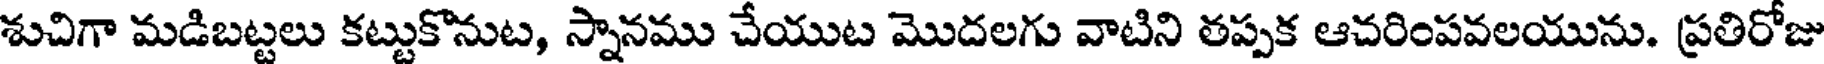
శుచిగా మడిబట్టలు కట్టుకొనుట, స్నానము చేయుట మొదలగు వాటిని తప్పక ఆచరింపవలయును. ప్రతిరోజు